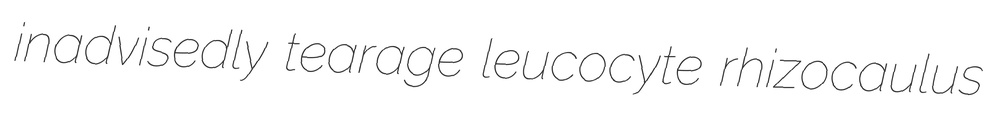
inadvisedly tearage leucocyte rhizocaulus